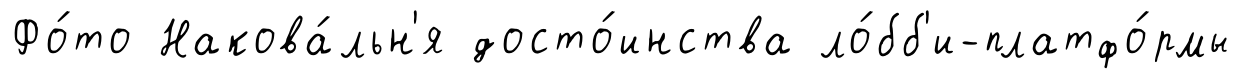
Фо́то Накова́льн'я досто́инства ло́бб'и-платфо́рмы